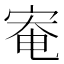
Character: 𫳑